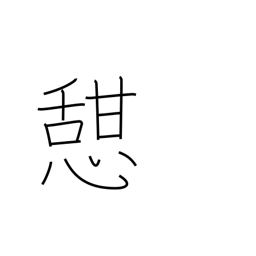
Meaning: take rest